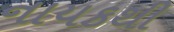
નાયકથી